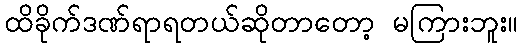
ထိခိုက်ဒဏ်ရာရတယ်ဆိုတာတော့ မကြားဘူး။